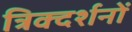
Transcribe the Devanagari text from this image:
त्रिक्दर्शनों